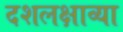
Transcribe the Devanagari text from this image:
दशलक्षाव्या